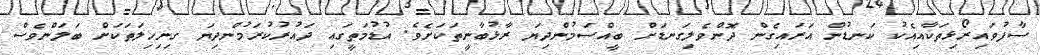
ސާފުވައިރޯޅިތަކާއިއެކު ކަނޑުން އަރައިގެން ދޮންވެލިގަނޑަށް ބީއްސަމުންދިޔަ ރާޅުބާނީތަކަށެވެ. އުޑުމަތީގައި ދައުރުކުރަމުންދިޔަ ގިނިހިލަތަކަށް ބަލަންވެސް